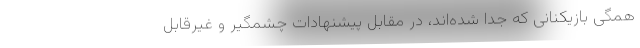
همگی بازیکنانی که جدا شده‌اند، در مقابل پیشنهادات چشمگیر و غیرقابل